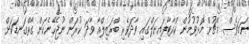
ނަމަވެސް މެޗުން މޮޅުވުމުން ކްއާޓާފައިނަލްގައި ވާދަވެރި ބްރަޒިލްއާ ވާދަ ކުރަން ނުޖެހޭނެކަން ގާތްގަނޑަކަށް